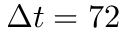
\Delta t = 7 2